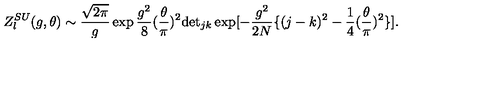
Z _ { l } ^ { S U } ( g , \theta ) \sim \frac { \sqrt { 2 \pi } } { g } \exp \frac { g ^ { 2 } } { 8 } ( \frac { \theta } { \pi } ) ^ { 2 } \mathrm { d e t } _ { j k } \exp [ - \frac { g ^ { 2 } } { 2 N } \{ ( j - k ) ^ { 2 } - \frac { 1 } { 4 } ( \frac { \theta } { \pi } ) ^ { 2 } \} ] .